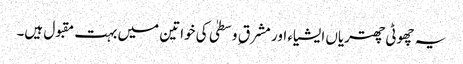
یہ چھوٹی چھتریاں ایشیاء اور مشرق ِ وسطیٰ کی خواتین میں بہت مقبول ہیں۔